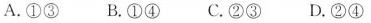
A.①③ B.①④ C.②③ D.②④